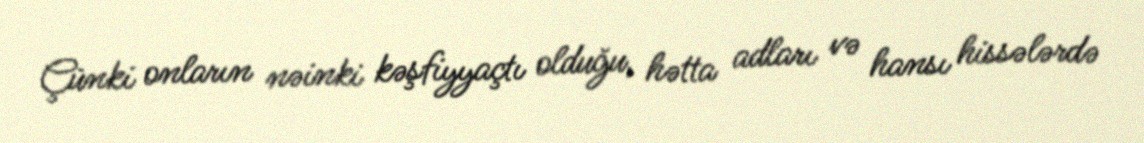
Çünki onların nəinki kəşfiyyaçtı olduğu, hətta adları və hansı hissələrdə